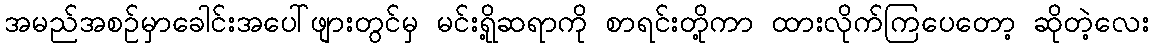
အမည်အစဉ်မှာခေါင်းအပေါ်ဖျားတွင်မှ မင်းရို့ဆရာကို စာရင်းတို့ကာ ထားလိုက်ကြပေတော့ ဆိုတဲ့လေး